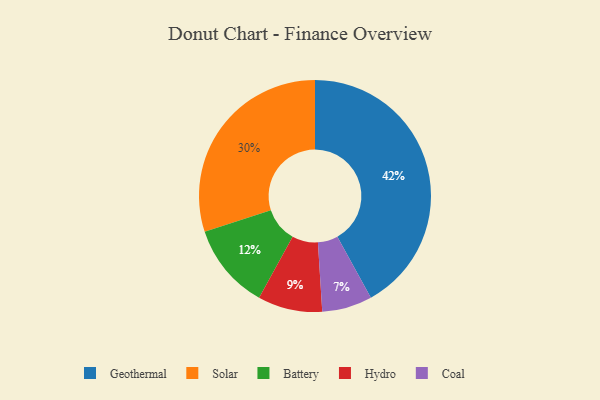
{"axis": {"x": "Category", "y": "Percentage"}, "legend": ["Battery", "Coal", "Geothermal", "Hydro", "Solar"], "data": [{"x": "Coal", "y": 7, "type": "Coal"}, {"x": "Geothermal", "y": 42, "type": "Geothermal"}, {"x": "Solar", "y": 30, "type": "Solar"}, {"x": "Hydro", "y": 9, "type": "Hydro"}, {"x": "Battery", "y": 12, "type": "Battery"}]}